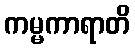
ကမ္မကာရာတိ